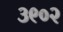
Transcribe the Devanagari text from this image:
३९०२